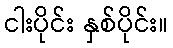
ငါးပိုင်း နှစ်ပိုင်း။